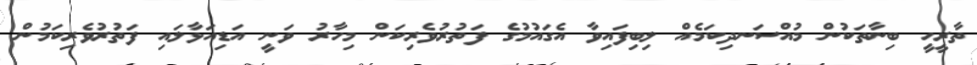
ތާރީހީ ބިނާތަކުން މުއްސަނދިކަމެއް ލިބިފައިވާ އެގައުމުގެ ފަތުރުވެރިކަން މިހާރު ވަނީ އަޑިއަޅާލައި ފަތުރުވެރިކަމުން